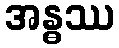
အန္ဓဿ